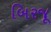
બિરજૂ